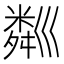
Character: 𥻘